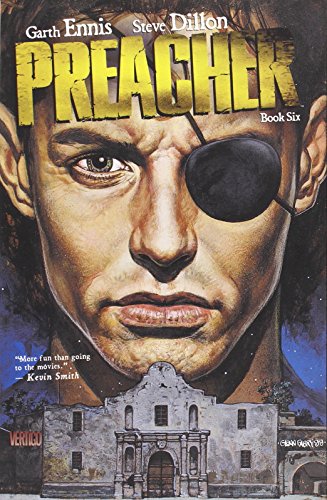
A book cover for Preacher Book Six (Preacher (DC Comics)); Garth Ennis; Comics & Graphic Novels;